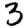
Digit: 3